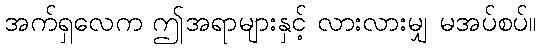
အက်ရှလေက ဤအရာများနှင့် လားလားမျှ မအပ်စပ်။